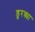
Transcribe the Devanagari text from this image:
डुरक्या